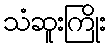
သံဆူးကြိုး